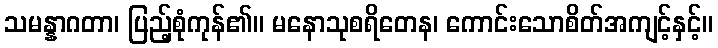
သမန္နာဂတာ၊ ပြည့်စုံကုန်၏။ မနောသုစရိတေန၊ ကောင်းသောစိတ်အကျင့်နှင့်။